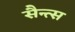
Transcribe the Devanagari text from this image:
सैन्त्स